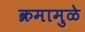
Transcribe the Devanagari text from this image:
क्रमामुळे